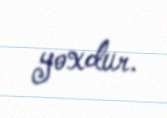
yoxdur.